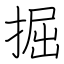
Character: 掘